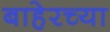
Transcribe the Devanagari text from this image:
बाहेरच्‍या